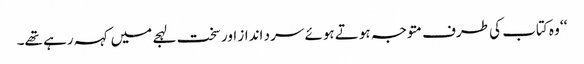
‘‘ وہ کتاب کی طرف متوجہ ہوتے ہوئے سرد انداز اور سخت لہجے میں کہہ رہے تھے۔